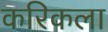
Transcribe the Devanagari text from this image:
करिकला